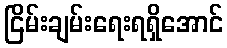
ငြိမ်းချမ်းရေးရရှိအောင်